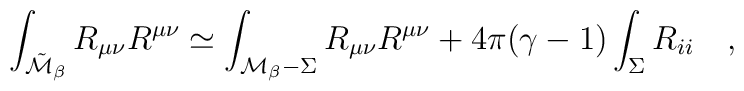
\int_{\tilde{\cal M}_\beta} R_{\mu\nu}R^{\mu\nu} \simeq\int_{{\cal M}_\beta-\Sigma} R_{\mu\nu}R^{\mu\nu}+4\pi(\gamma-1)\int_{\Sigma} R_{ii}~~~,